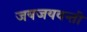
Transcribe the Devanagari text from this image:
जयजयवन्ती